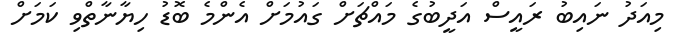
މިއަދު ނައިބު ރައީސް އަދީބުގެ މައްޗަށް ގައުމަށް އެންމެ ބޮޑު ހިޔާނާތްވި ކަމަށް